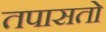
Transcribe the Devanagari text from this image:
तपासतो